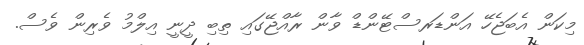
މިކަން އެބަޖެހޭ އަންޑަރސްޓޭންޑް ވާން ރާއްޖޭގައި ތިބި ދީނީ އިލްމު ވެރިން ވެސް.